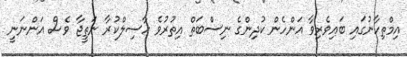
އިމްތިހާނުގައި ބައިވެރިވާ އަންހެން ކުދިންގެ ނިސްބަތް އިތުރުވެ ހާސިލްކުރާ ނަތީޖާ ވެސް އަންނަނީ